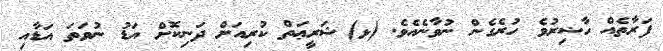
ފަރާތެއް ހާޟިރުވެ ހުރެގެން ނުވާނެއެވެ. (ޅ)	ޝަރީޢަތް ކުރިއަށް ދަނިކޮށް އަޑު ނުވަތަ އަޑާއި